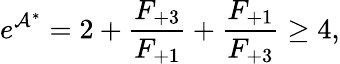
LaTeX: e^{\mathcal{A}^{\ast}}=2+\frac{F_{+3}}{F_{+1}}+\frac{F_{+1}}{F_{+3}}\geq 4,